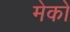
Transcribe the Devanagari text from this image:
मेको